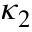
\kappa _ { 2 }